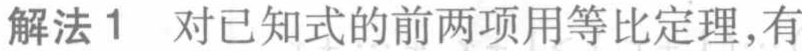
解法1 对已知式的前两项用等比定理，有